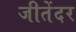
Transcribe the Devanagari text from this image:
जीतेंदर